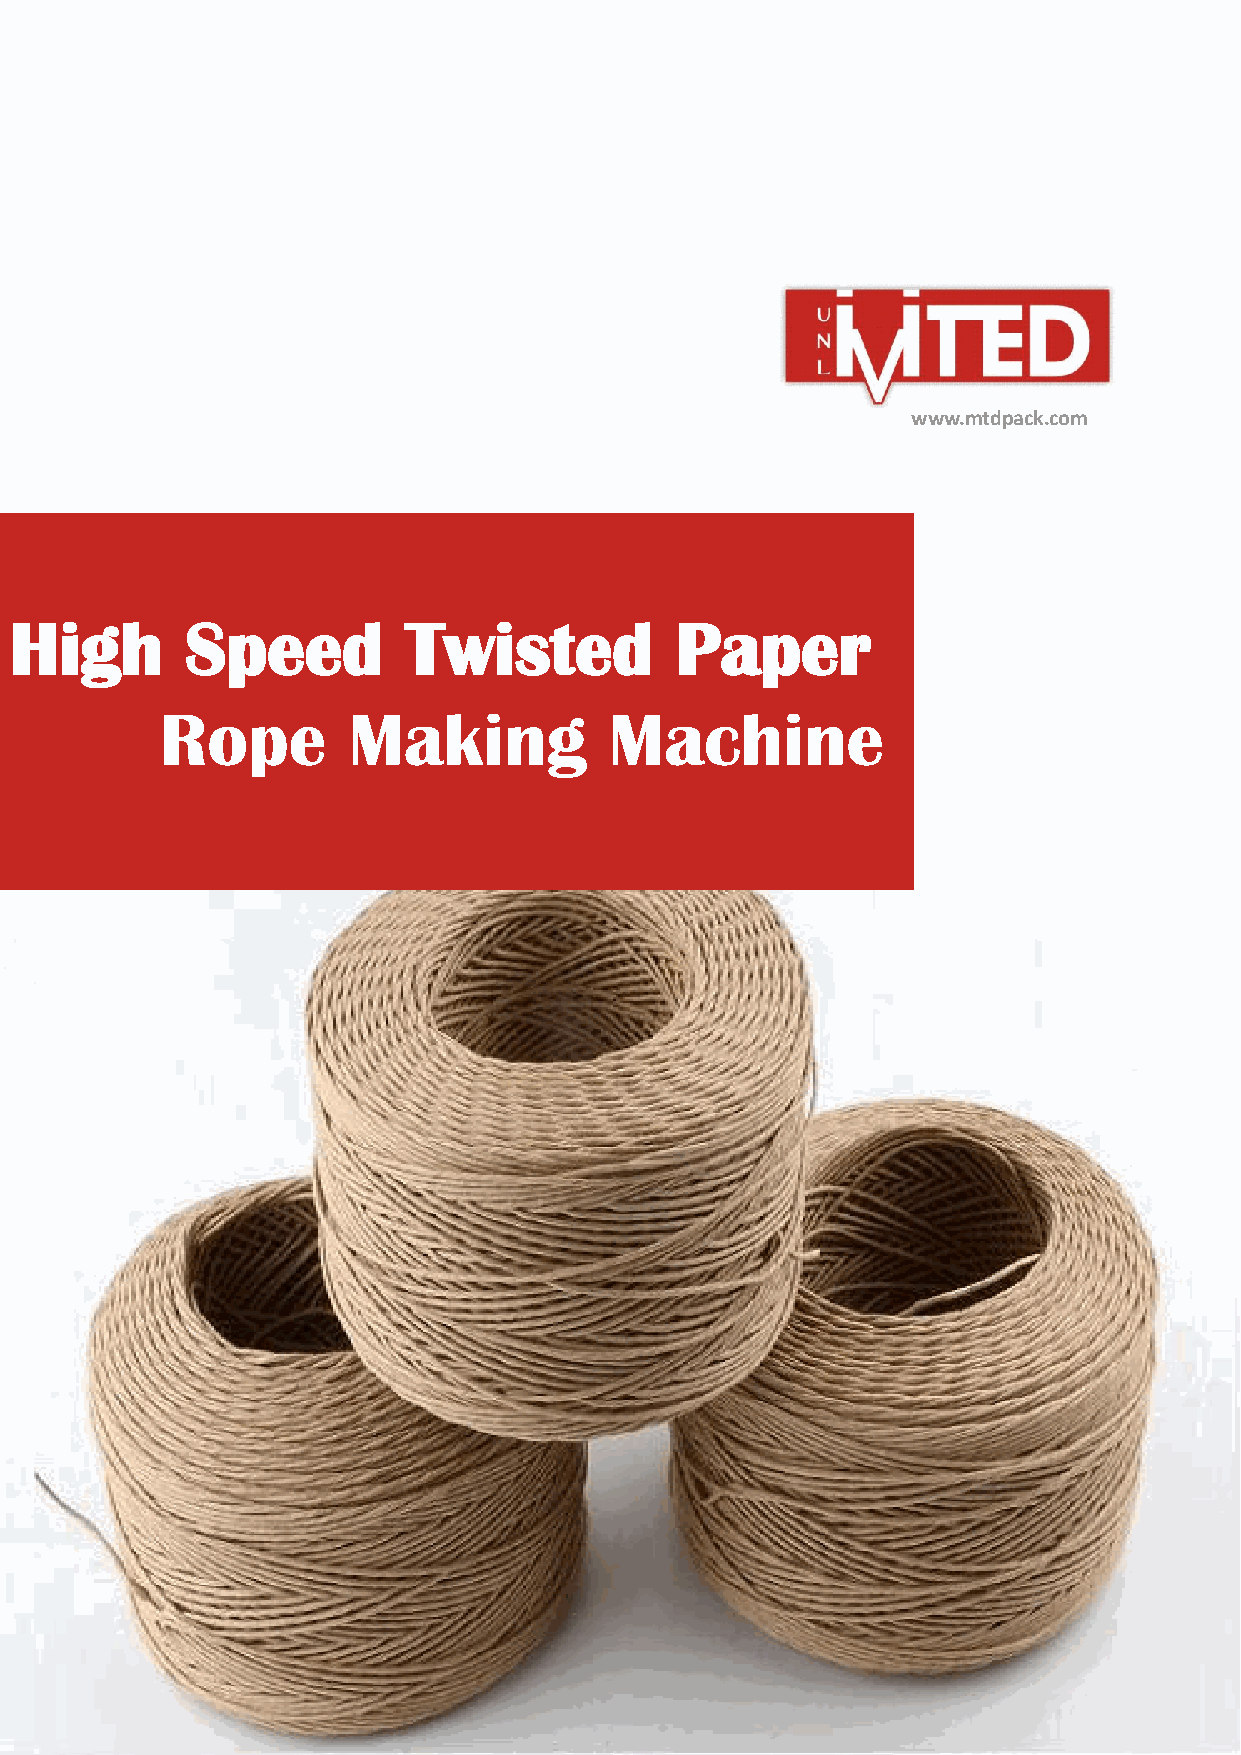
www.mtdpack.com
 Hig    h   Speed          Twisted           Paper
 Rope        Making           Machine